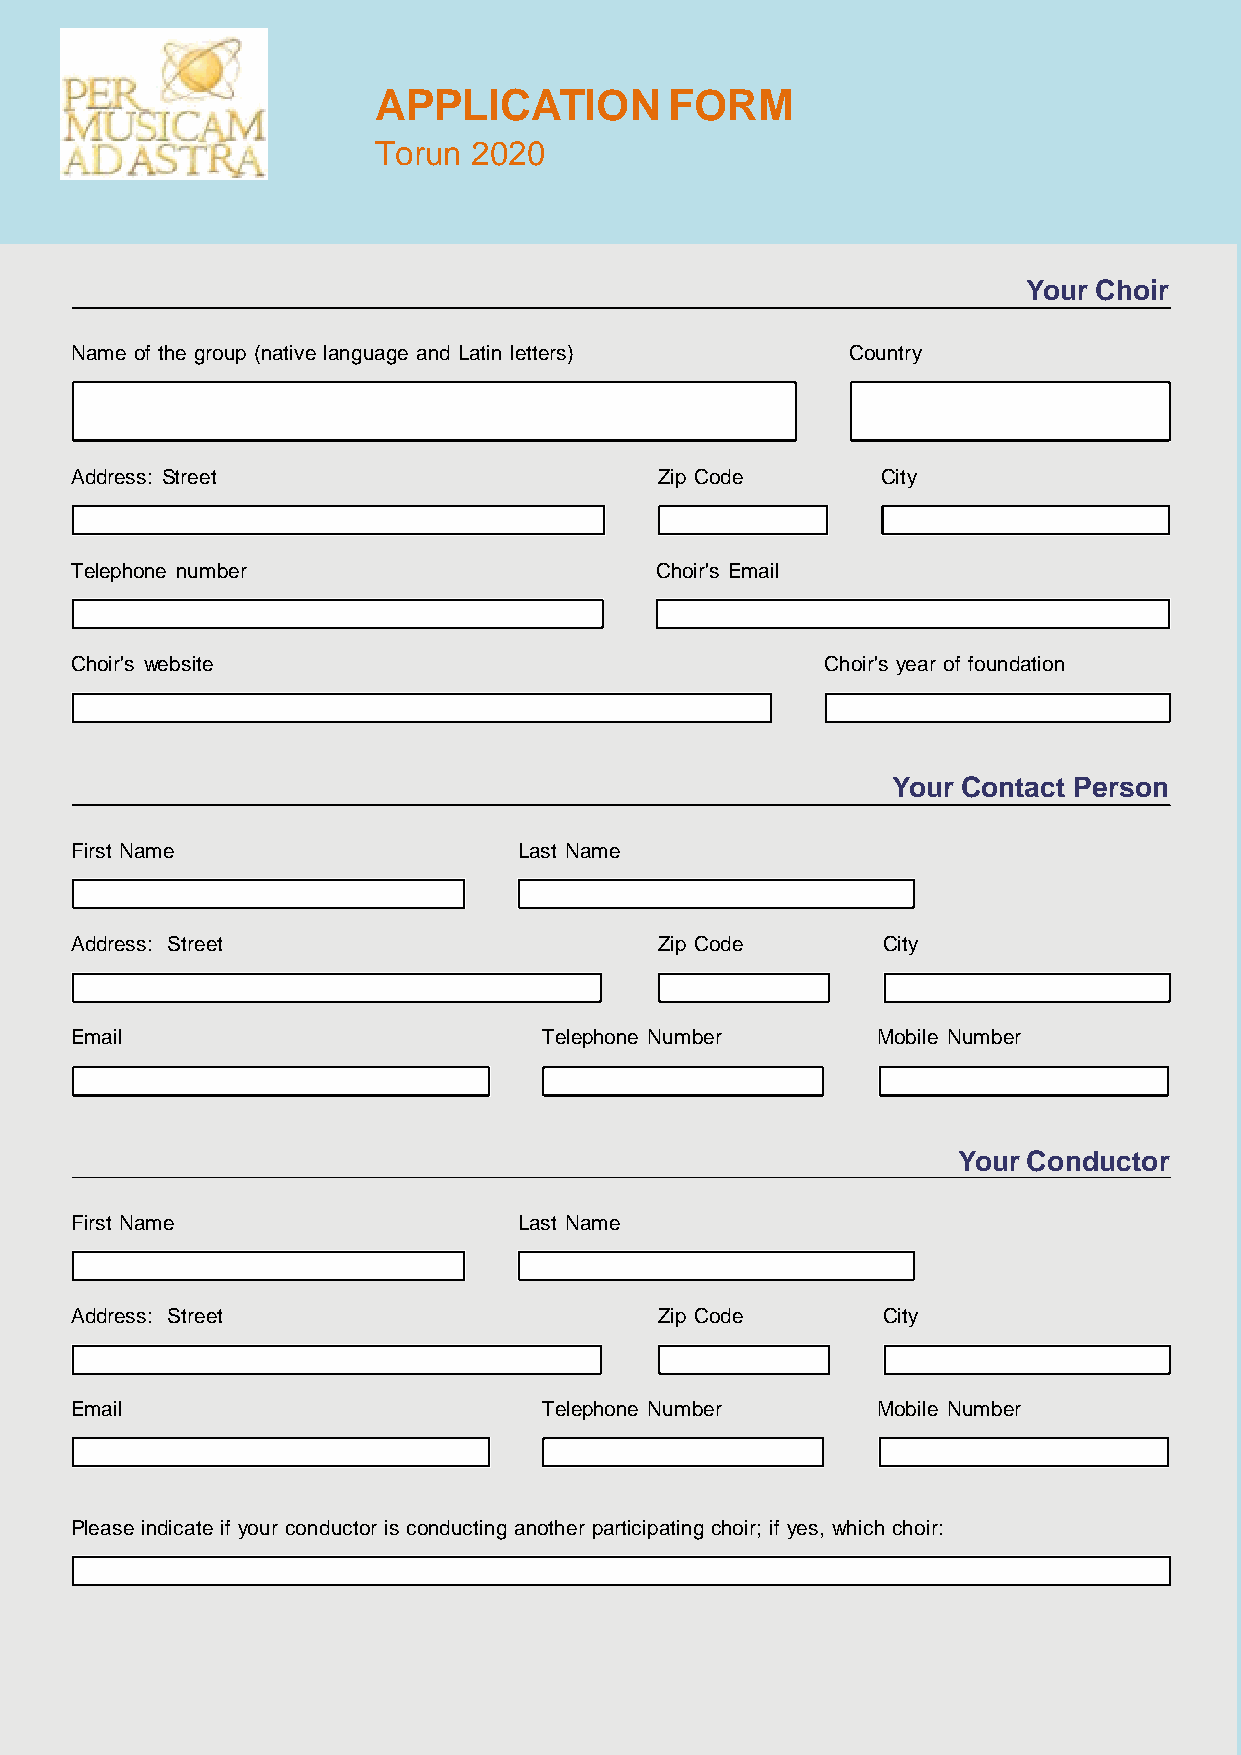
APPLICATION        FORM
 Torun 2020
 Your Choir
 Name of the group (native language and Latin letters) Country
 Address: Street                        Zip Code      City
 Telephone number                      Choir's Email
 Choir's website                                   Choir's year of foundation
 Your Contact Person
 First Name                   Last Name
 Address: Street                        Zip Code      City
 Email                          Telephone Number      Mobile Number
 Your Conductor
 First Name                   Last Name
 Address: Street                        Zip Code      City
 Email                          Telephone Number      Mobile Number
 Please indicate if your conductor is conducting another participating choir; if yes, which choir:
 1